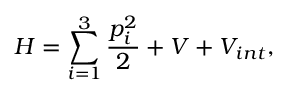
H = \sum _ { i = 1 } ^ { 3 } \frac { p _ { i } ^ { 2 } } { 2 } + V + V _ { i n t } ,